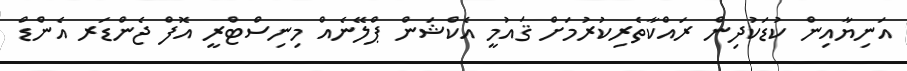
އަނިޔާއިން ކުޑަކުދިން ރައްކާތެރިކުރުމަށް ޤައުމީ އެކްޝަން ޕްލޭނެއް މިނިސްޓްރީ އޮފް ޖެންޑަރ އެންޑް